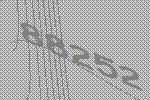
88252